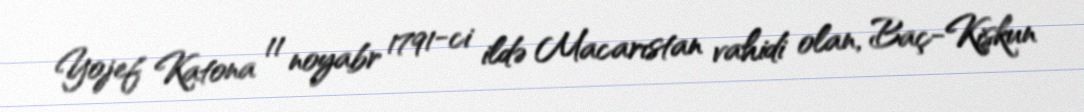
Yojef Katona 11 noyabr 1791-ci ildə Macarıstan vahidi olan, Baç-Kişkun